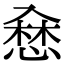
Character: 𢞥